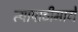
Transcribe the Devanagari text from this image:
त्यापाठीमागे